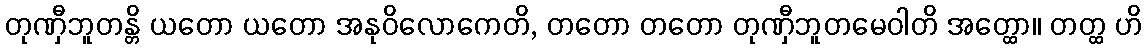
တုဏှီဘူတန္တိ ယတော ယတော အနုဝိလောကေတိ, တတော တတော တုဏှီဘူတမေဝါတိ အတ္ထော။ တတ္ထ ဟိ